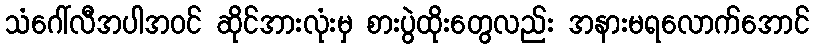
သံဂေါ်လီအပါအဝင် ဆိုင်အားလုံးမှ စားပွဲထိုးတွေလည်း အနားမရလောက်အောင်